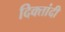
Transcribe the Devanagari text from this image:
दिक्तांदी